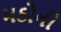
મઠોની